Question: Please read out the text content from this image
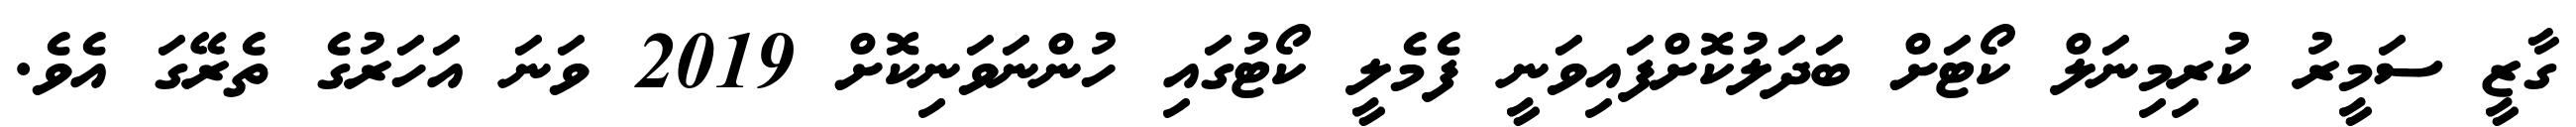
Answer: ގާޒީ ސަމީރު ކުރިމިނަލް ކޯޓަށް ބަދަލުކޮށްފައިވަނީ ފެމެލީ ކޯޓުގައި ހުންނަވަނިކޮށް 2019 ވަނަ އަހަރުގެ ތެރޭގަ އެވެ.